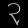
Digit: ၃